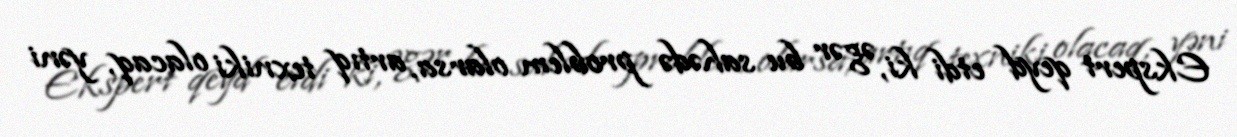
Ekspert qeyd etdi ki, əgər bu sahədə problem olarsa, artıq texniki olacaq, yəni